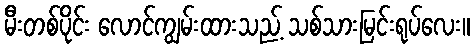
မီးတစ်ပိုင်း လောင်ကျွမ်းထားသည့် သစ်သားမြင်းရုပ်လေး။